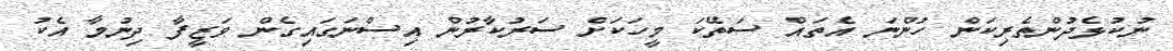
ނުކުޅެދުންތެރިކަން ހުންނަ އެތައް ސަތޭކަ މީހަކަށް ސަރުކާރުން އިސްނަގައިގެން ވަޒީފާ ދިނުމާ އެކު